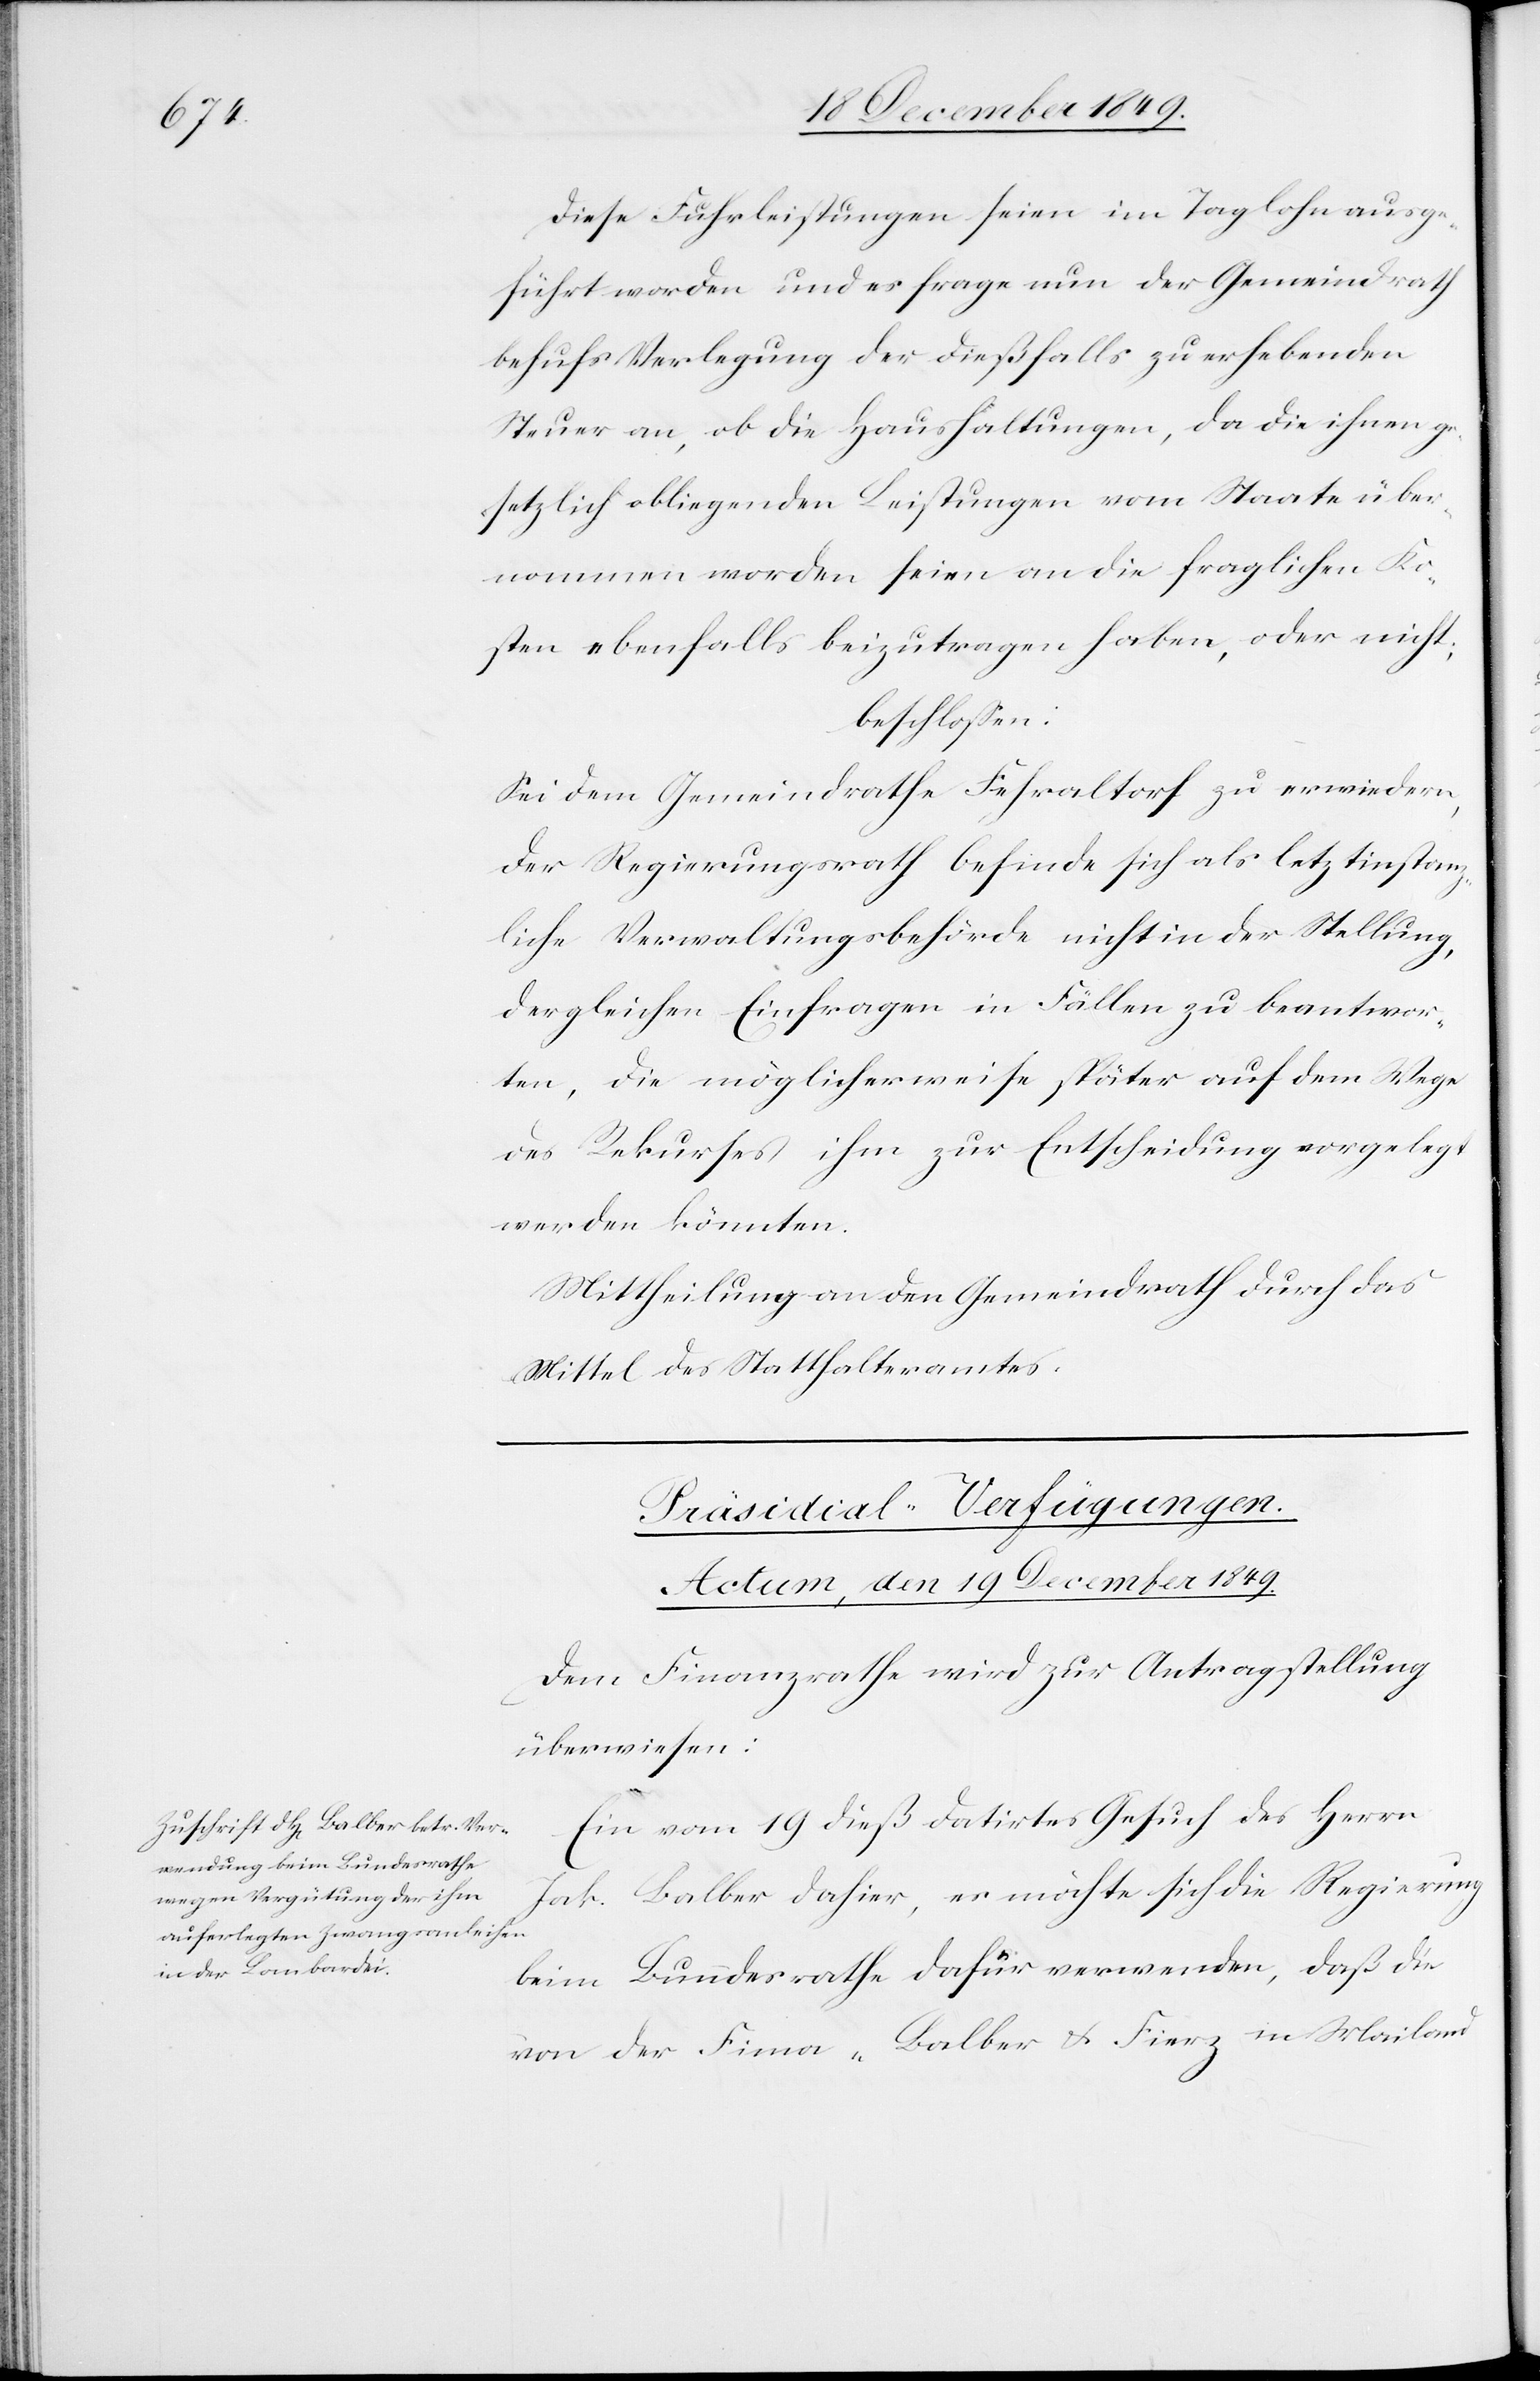
19 December 1849.
Diese Fuhrleistungen seien im Taglohn ausge¬
führt worden und es frage nun der Gemeindrath
behufs Verlegung der dießfalls zu erhebenden
Steuer an, ob die Haushaltungen, da die ihnen g¬
esetzlich obliegenden Leistungen vom Staate über¬
nommen worden seien an die fraglichen Ko¬
sten ebenfalls beizutragen haben, oder nicht;
beschloßen:
Sei dem Gemeindrathe Fehraltorf zu erwiedern,
der Regierungsrath befinde sich letztinstanz¬
liche Verwaltungsbehörde nicht in der Stellung,
dergleichen Einfragen in Fällen zu beantwor¬
ten, die möglicherweise später auf dem Wege
des Rekurses ihm zur Entscheidung vorgelegt
werden könnten.
Mittheilung an den Gemeindrath durch das
Mittel des Statthalteramtes.
Präsidial-Verfügungen.
Dem Finanzrathe wird zur Antragstellung
überwiesen:
Ein vom 19 dieß datirtes Gesuch des Herrn
Jak. Balber dahier, es möchte sich die Regierung
beim Bundesrathe dafür verwenden, daß die
von der Fima [sic!] „Balber u. Fierz in Mailand